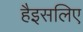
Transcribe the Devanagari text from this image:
हैइसलिए